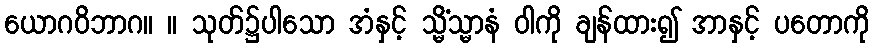
ယောဂဝိဘာဂ။ ။ သုတ်၌ပါသော အံနှင့် သ္မိံသ္မာနံ ဝါကို ချန်ထား၍ အာနှင့် ပတောကို